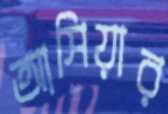
আসিয়ার